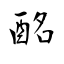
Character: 酩